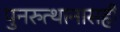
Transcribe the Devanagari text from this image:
पुनरुत्थानासही